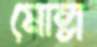
মোল্ল